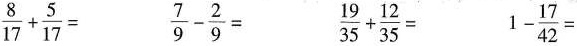
$$\frac{8}{17}+ \frac{5}{17}=$$ $$\frac{7}{9}- \frac{2}{9}=$$ $$\frac{19}{35}+ \frac{12}{35}=$$ $$1- \frac{17}{42}=$$